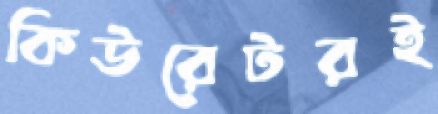
কিউরেটরই